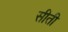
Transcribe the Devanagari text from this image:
सीती